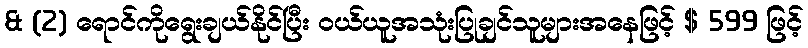
& (2) ရောင်ကိုရွေးချယ်နိုင်ပြီး ဝယ်ယူအသုံးပြုချင်သူများအနေဖြင့် $ 599 ဖြင့်